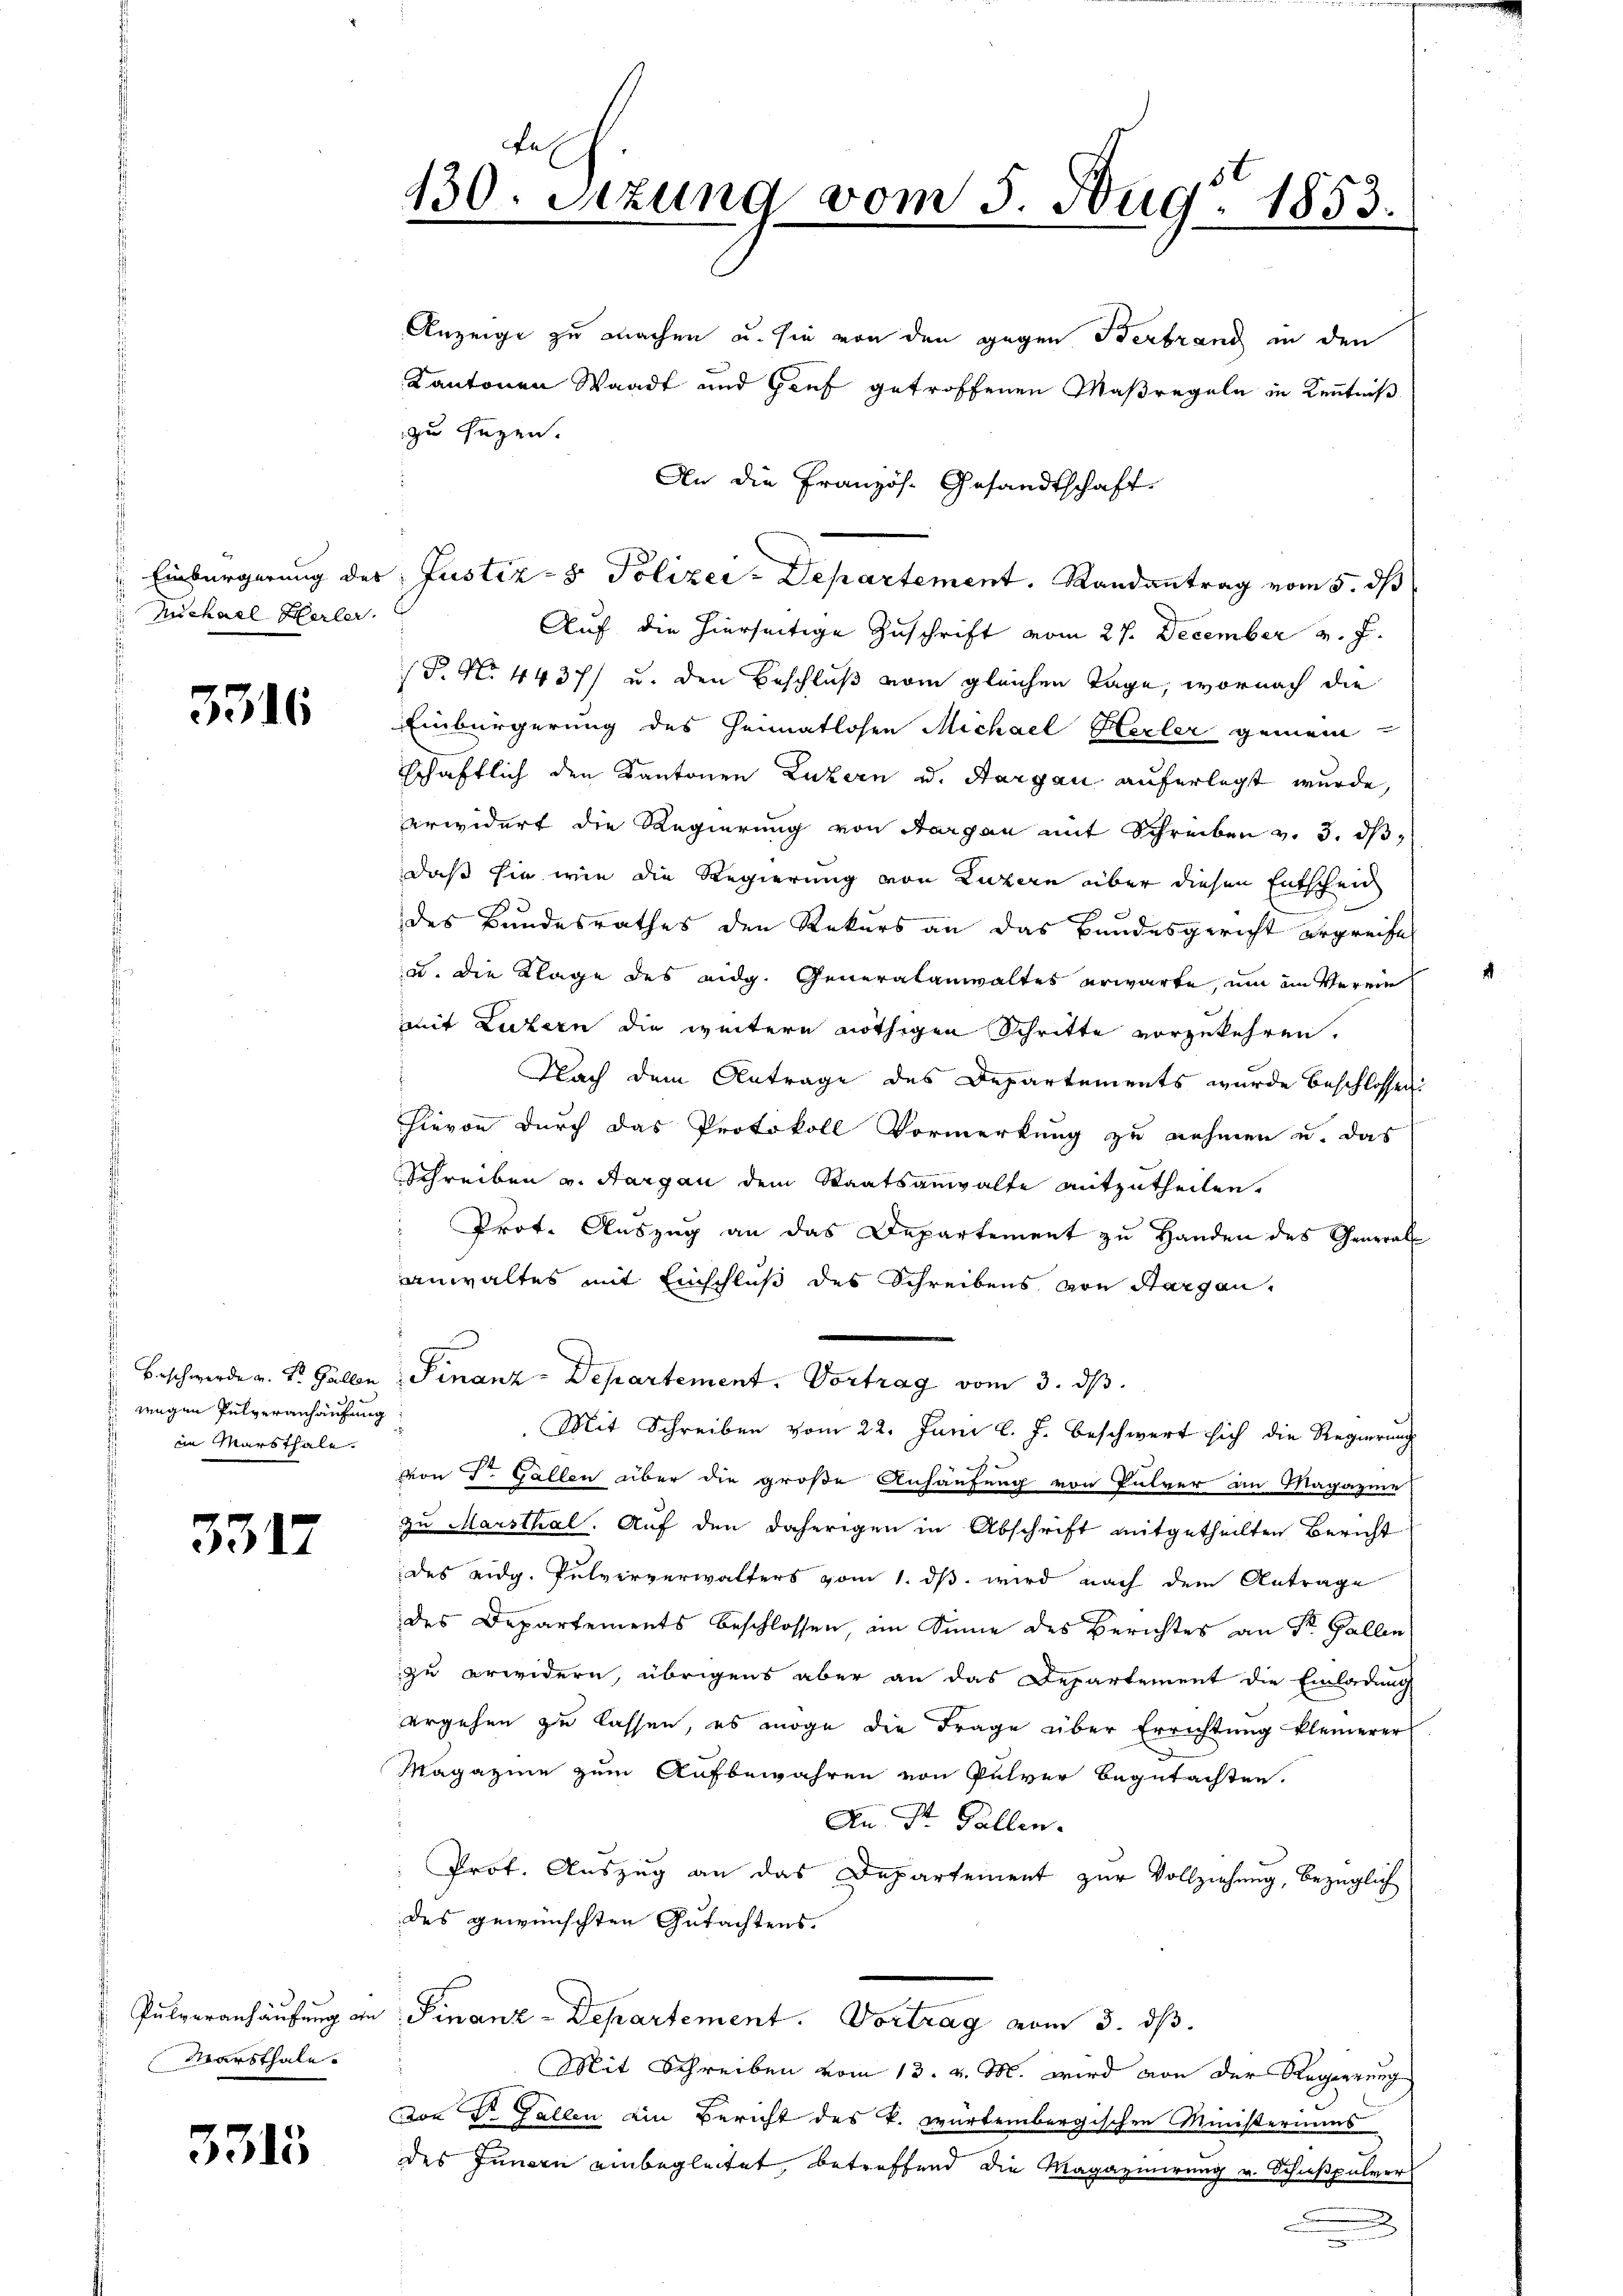
Einbürgerung des
Michael Herler.
s

3316

wegen Pulveranhausung
in Markthale.

3317

Marsthale.

3313

430. Sitzung vom 3. Aug. 1853.

Anzeige zu machen u. sie von den gegen Sterbrand in den
Kantonen Waadt und Gruf getroffenen Maßregeln in Kenntniß
zu sagen.
An die Französ. Gesandtschaft
 Justiz- & Polizei-Departement. Randantrag vom 5. ds
Auf die hierseitige Zuschrift vom 27. December v. J.
P. No. 4437) u. den Beschluß vom gleichen Tage, wornach die
Einbürgerung des Heimatlosen Michael Herler gemeinschaftlich den Kantonen Luzern u. Aargau auferlegt wurde,
erwidert die Regierung von Aargau mit Schreiben v. 3. ds,
daß sie wie die Regierung von Luzern über diesen Entscheid
des Bundesrathes den Rekurs an das Bundesgericht ergreife
u. die Klage des eidg. Generalanwaltes erwarte, um im Vereinmit Luzern die weitere nöthigen Schritte vorzukehren.
Nach dem Antrage des Departements wurde beschlossen:
hievon durch das Protokoll Vormerkung zu nehmen u. das
Schreiben v. Aargau dem Staatsanwalte mitzutheilen.
Prof. Auszug an das Departement zu Handen des General-
anwaltes mit Einschluß des Schreibens von Sargau,
Beschwerde a. S. Gallen Finanz-Departement. Vortrag vom 3. ds.
Mit Schreiben vom 22. Juni l. J. beschwert sich die Regierung
von F. Gallen aber die große Anhäufung von Pulver an Magazine
zu Marsthal. Auf den daherigen in Abschrift mitgetheilten Bericht
des eidg. Pulververwalters vom 1. dß wird nach dem Antrage
des Departements beschlossen, im Sinne des Berichtes an Sr. Gallen
zu erwidern, übrigens aber an das Departement die Einladung
ergehen zu lassen, es möge die Frage über Errichtung kleinerer
Magazine zum Aufbewahren von Pulver Begutachten.
An Dr. Gallen.
Prot. Aŭszŭg an das Departement zur Vollziehung, bezüglich
des gewünschten Gutachtens.
 Pulveranhäŭfŭng an Finanz-Departement. Vortrag vom 3. dβ.
Mit Schreiben vom 13. v. M. wird von der Regierung
von Dr. Gallen ein Bericht des k. würtembergischen Ministeriums
des Innern einbegleitet, betreffend die Magazinirung v. Schießpulver

e